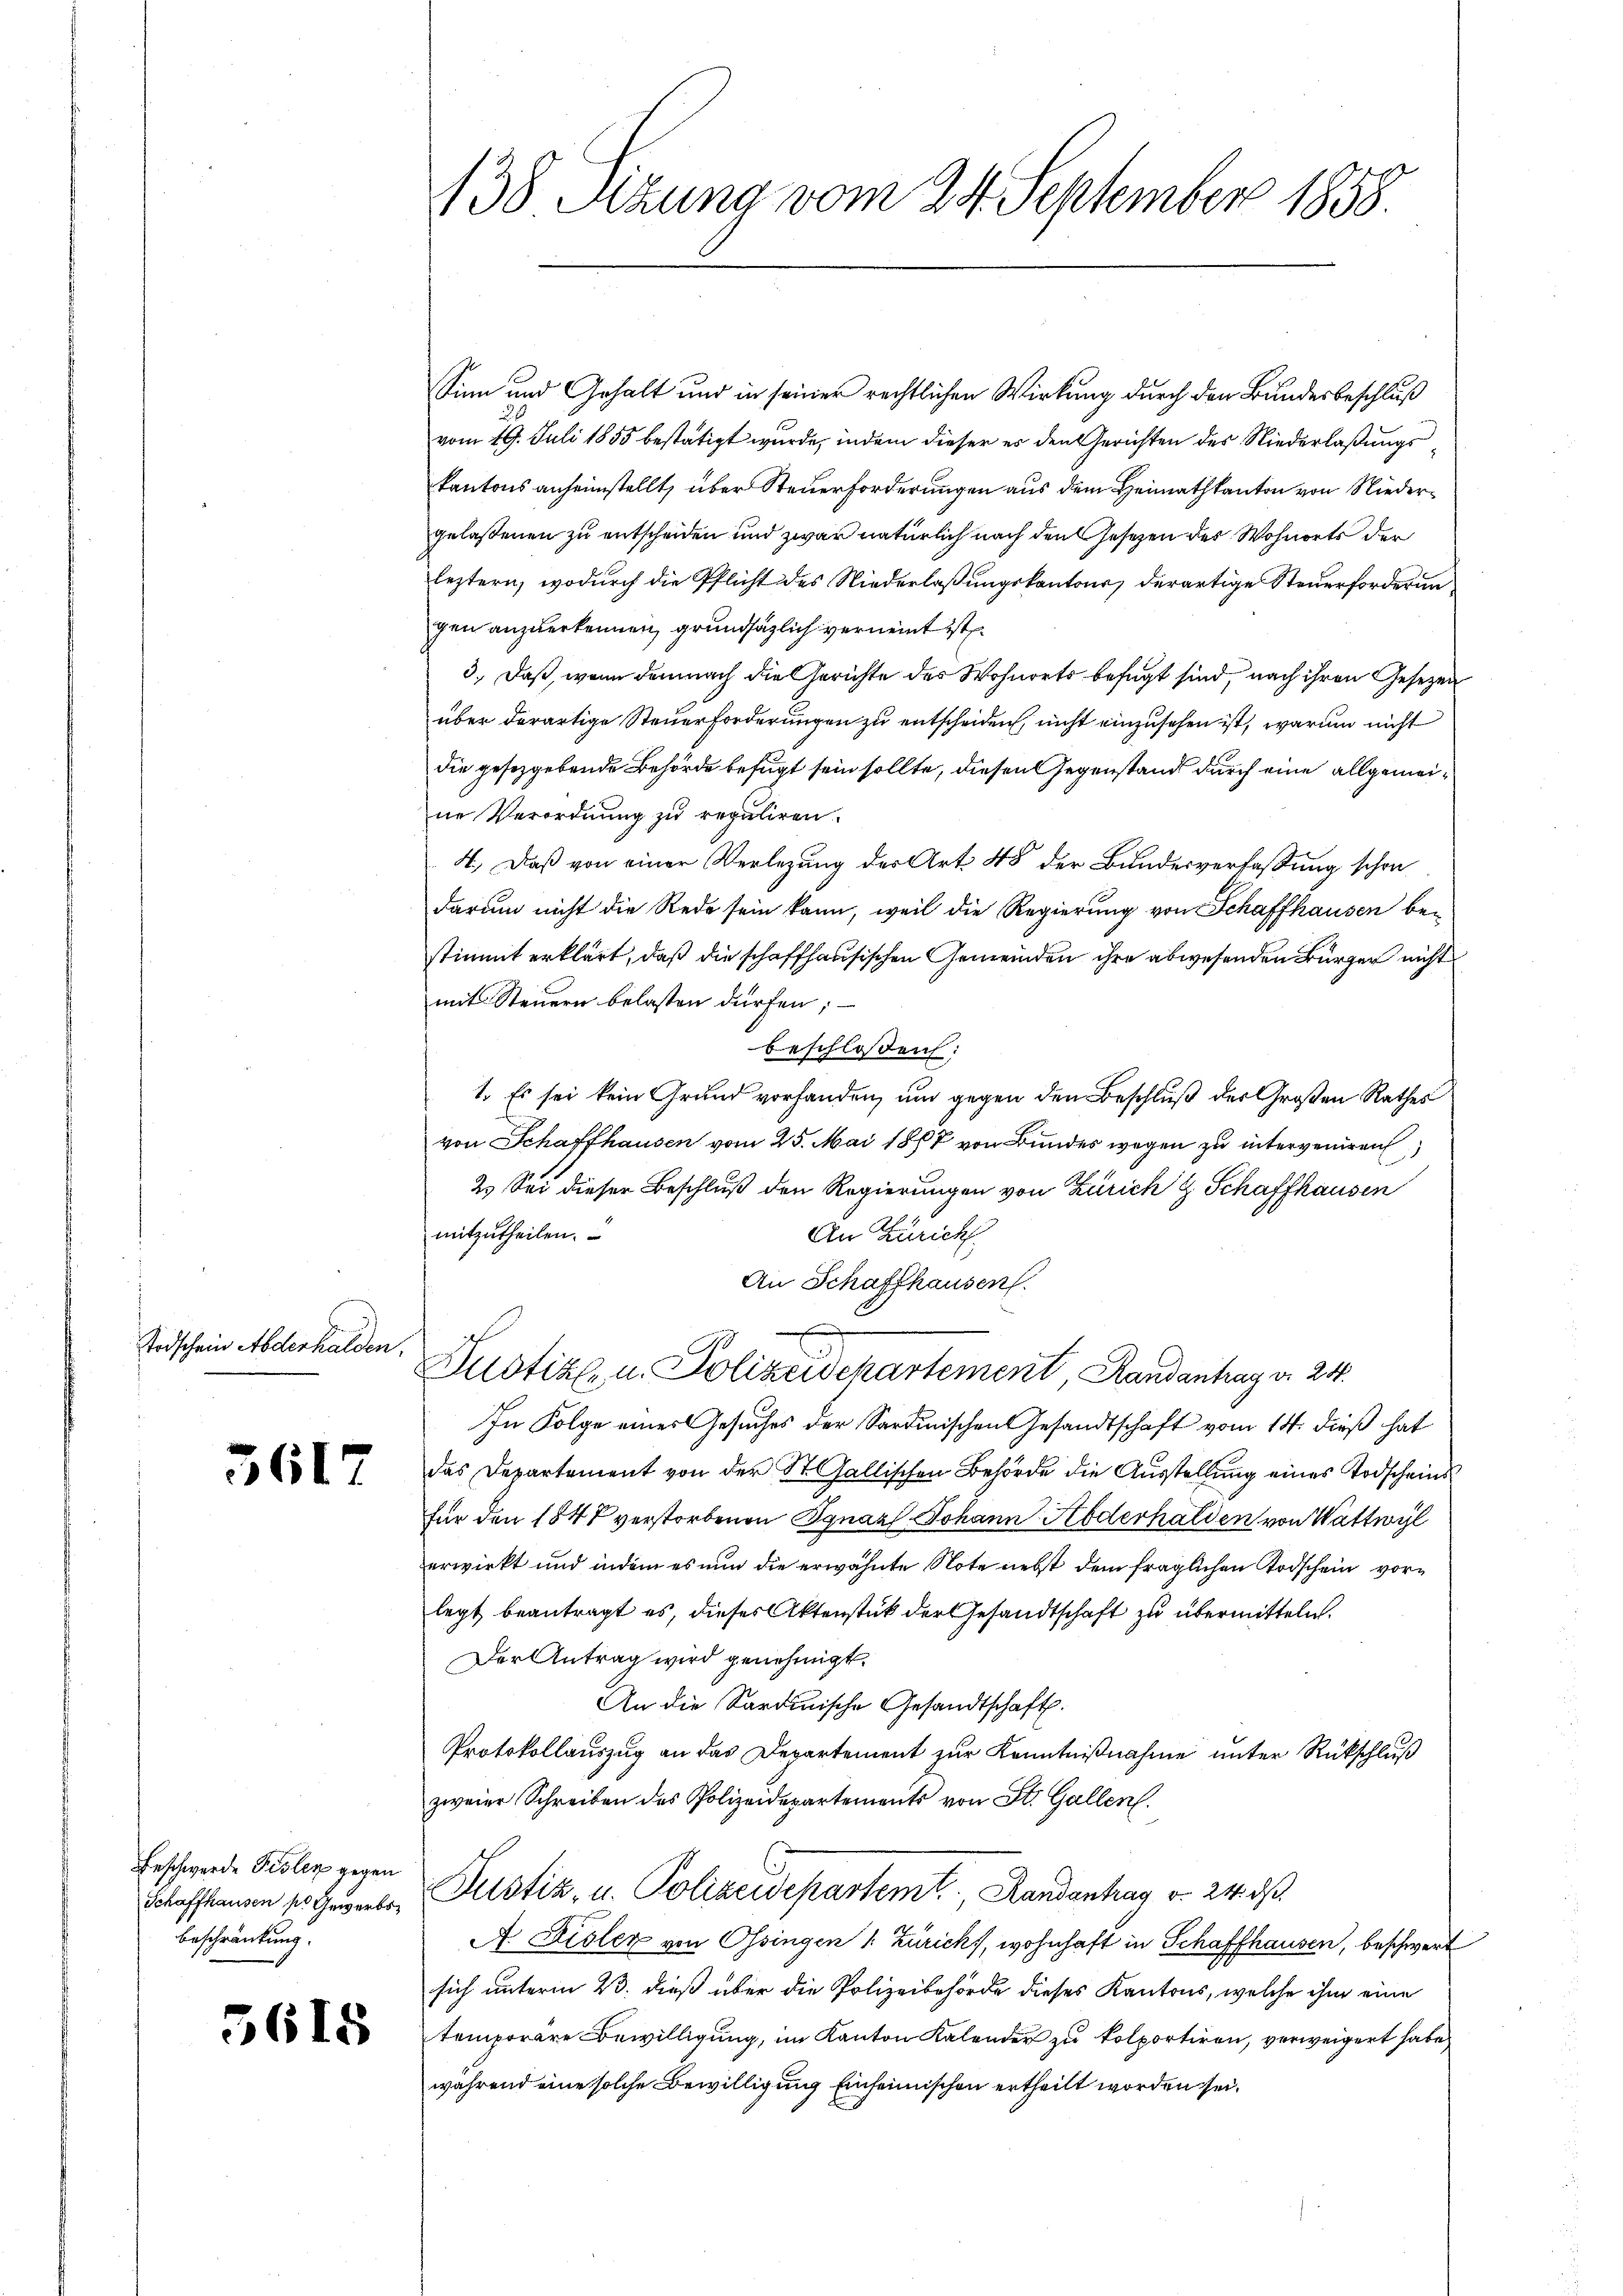
Todschein Abderhalden,

3617

Beschwerde Fisler gegen
beschränkung.

3618

138 Sizung vom 24. September 1858.

Sinn und Gehalt und in seiner rechtlichen Wirkung durch den Bundesbeschluß
vom 19. Juli 1855 bestätigt wurde, indem dieser es den Gerichten des Niederlaßungskantons anheimstellt, über Steuerforderungen aus dem Heimathkanton von Niedergelaßenen zu entscheiden und zwar natürlich nach den Gesetzen des Wohnorts der
leztern, wodurch die Pflicht des Niederlaßungskantone, derartige Steuerforderungen anzuerkennen, grundsätzlich verneint ist
3.) Daß, wenn demnach die Gerichte des Wohnorts befugt sind, nach ihren Gesetzen
über derartige Steuerforderungen zu entscheiden, nicht einzusehen ist, warum nicht
die gesetzgebende Behörde befugt sein sollte, diesen Gegenstand durch eine allgemeine Verordnung zu reguliren.
4.) Daß von einer Verlegung der Art 48 der Bundesverfaßung schon
darum nicht die Rede sein kann, weil die Regierung von Schaffhausen be-
stimmt erklärt, daß die schaffhausischen Gemeinden ihre abwesenden Bürger nicht
mit Steuern belasten dürfen;
beschlossen:
1. Es sei kein Grund vorhanden, um gegen den Beschluß des Großen Rathes
von Schaffhausen vom 25. Mai 1877 von Bundes wegen zu interveniren
2. Sei dieser Beschluß den Regierungen von Zürich & Schaffhausen
mitzutheilen.
An Züricht
An Schaffhausen.
sch
Zustiz- u. Polizeidepartement, Randantrag v. 24.
In Folge einerlesuches der Sardinischen Gesandtschaft vom 14. dieß hat
das Departement von der St. Gallischen Behörde die Ausstellung eines Todscheins¬
Für den 1848 verstorbenen Ignaz Johann Abderhalden von Wattwyl
erwirkt und indem es nun die erwähnte Note nebst dem fraglichen Todschein vorlegt beantragt es, dieses Aktenstück der Gesandtschaft zu übermitteln.
Der Antrag wird genehmigt.
An die Sardinische Gesandtschaft.
Protokollauszug an das Departement zur Kenntnißnahme unter Rückschluß
zweier Schreiben des Polizeidepartements von St. Gallen.
Schaffhausen pr. Heuerer Justiz- u. Polizeidepartemt, Randantrag v. 24. ds.
A Zisler von Ossingen /: Züricht, wohnhaft in Schaffhausen, beschwert
sich unterm 23. dieß über die Polizeibehörde dieses Kantons, welche ihm eine
temporare Bewilligung, im Kanton Kalender zu kolportiren, verweigert habe
während eine solche Bewilligung Einheimischen ertheilt worden sei.